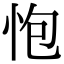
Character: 怉